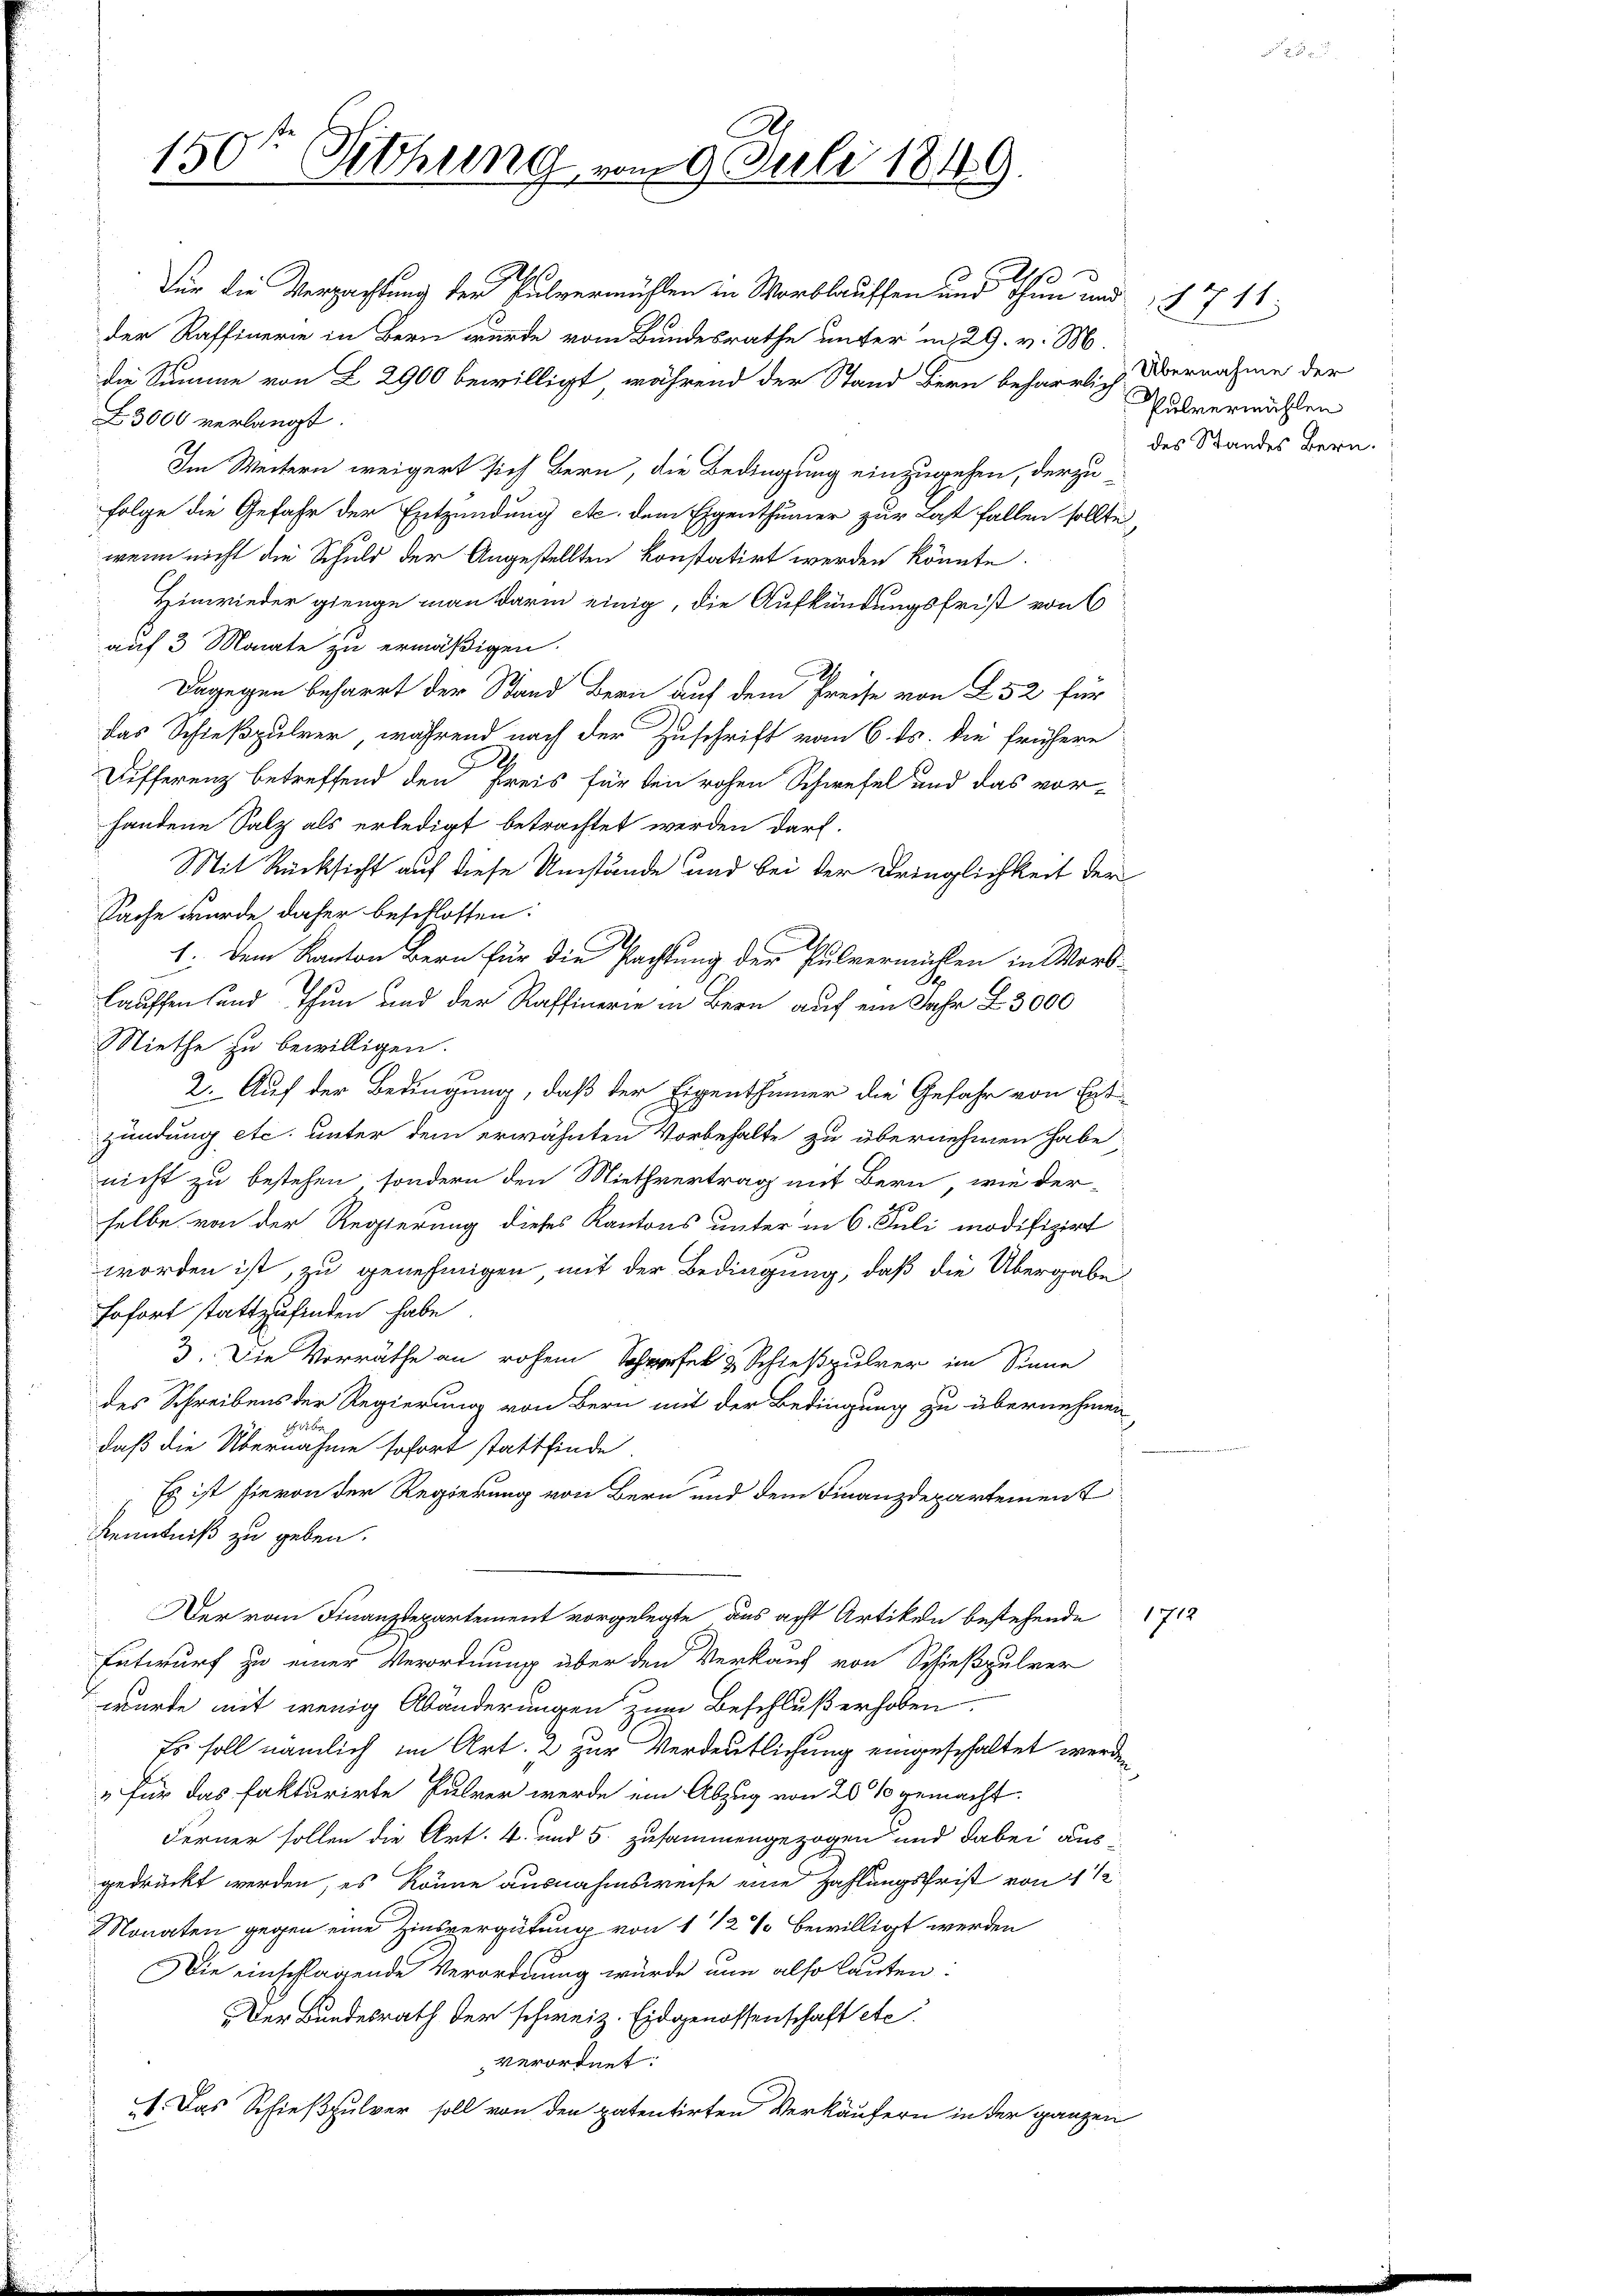
Für die Verpachtung der Pulvermühlen in Worblauffen und Thun und § 711
der Raffinerie in Bern wurde vom Bundesrathe unter in 29. v. M.
die Summe von L 2900 bewilligt, während der Stand Bern beharrlich Übernahme der
Z 3000 verlangt.
Im Weitern weigert sich Bern, die Bedingung einzugehen, derzu¬
Folge die Gefahr der Entzündung etc. dem Eigenthümer zur Last fallen sollte,
wenn nicht die Schuld der Angestellten konstatirt werden könnte.
Hinwieder gienge man darin einig, die Aufkündungsfrist von 6
auf 3 Monate zu ermäßigen.
Dagegen beharrt der Stand Bern auf dem Preise von L. 52 für
das Schießpulver, während nach der Zuschrift vom 6. ds. die frühere
2
Differenz betreffend den Preis für den rohen Schwefel und das vor-
handene Salz als erledigt betrachtet werden darf.
Mit Rücksicht auf diese Umstände und bei der Dringlichkeit der
Sache wurde daher beschlossen:
1. Dem Kanton Bern für die Pachtung der Pulvermühlen in Wort-
S
Lauffen und Thun und der Raffinerie in Bern auf ein Jahr Z. 3000
Niethe zu bewilligen.
2. Auf der Bedingung, daß der Eigenthümer die Gefahr von Estzündung etc. unter dem erwähnten Vorbehalte zu übernehmen habe
nicht zu bestehen, sondern den Miethvertrag mit Bern, wie der
selbe von der Regierung dieses Kantons unter in 6. Juli modifizirt
worden ist, zu genehmigen, mit der Bedingung, daß die Übergabe
sofort stattzufinden habe
3. Die Vorräthe an rohem Schwerfel & Schießpulver im Sinne
des Schreibens der Regierung von Bern mit der Bedingung zu übernehmen

daß die Übernahme sofort stattfinde
Es ist hievon der Regierung von Bern und dem Finanzdepartement
Kenntniß zu geben.
Der vom Finanzdepartement vorgelegte, das acht Artikeln bestehende 1712
Entwurf zu einer Verordnung über den Verkauf von Schießpulver
würte mit wenig Abänderungen zum Beschluß erhoben.
Es soll nämlich im Art. 2 zur Verdeutlichung eingeschaltet werden
" für das fakturirte Pulver werde ein Abzug von 20 % gemacht.
Ferner sollen die Art. 4. und 5. zusammengezogen und dabei ausgedrückt werden, es könne ausnahmsweise eine Zahlungsfrist von 1 1/2
Monaten gegen eine Zinsvergütung von 1 1/2 % bewilligt werden
Die einschlagende Verordnung würde nun also lauten:
Der Bundesrath der schweiz. Eidgenossenschaft etc.
verordnet:
1. Das Schießpulver soll von den patentirten Verkäufern in der ganzen

150te Sitzung vom 9. Juli 1849.

o

Pulvermühlen
des Standes Bern.